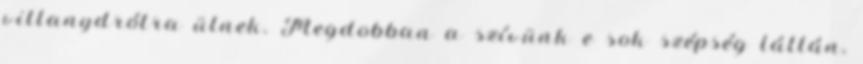
villanydrótra ülnek. Megdobban a szívünk e sok szépség láttán,